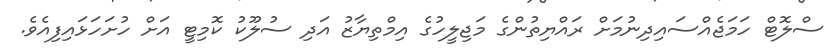
ސްލޮޓް ހަމަޖެއްސައިދިނުމަށް ރައްޔިތުންގެ މަޖިލީހުގެ އިމްތިޔާޒު އަދި ސުލޫކު ކޮމިޓީ އަށް ހުށަހަޅައިފިއެވެ.